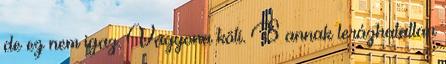
de ez nem igaz. Vagyona köti. S annak lerázhatatlan